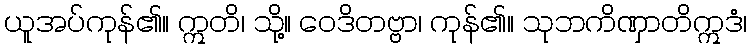
ယူအပ်ကုန်၏။ ဣတိ၊ သို့။ ဝေဒိတဗ္ဗာ၊ ကုန်၏။ သုဘကိဏှာတိဣဒံ၊